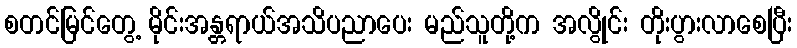
စတင်မြင်တွေ့ မိုင်းအန္တရာယ်အသိပညာပေး မည်သူတို့က အလွိုင်း တိုးပွားလာစေပြီး